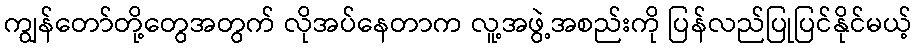
ကျွန်တော်တို့တွေအတွက် လိုအပ်နေတာက လူ့အဖွဲ့အစည်းကို ပြန်လည်ပြုပြင်နိုင်မယ့်